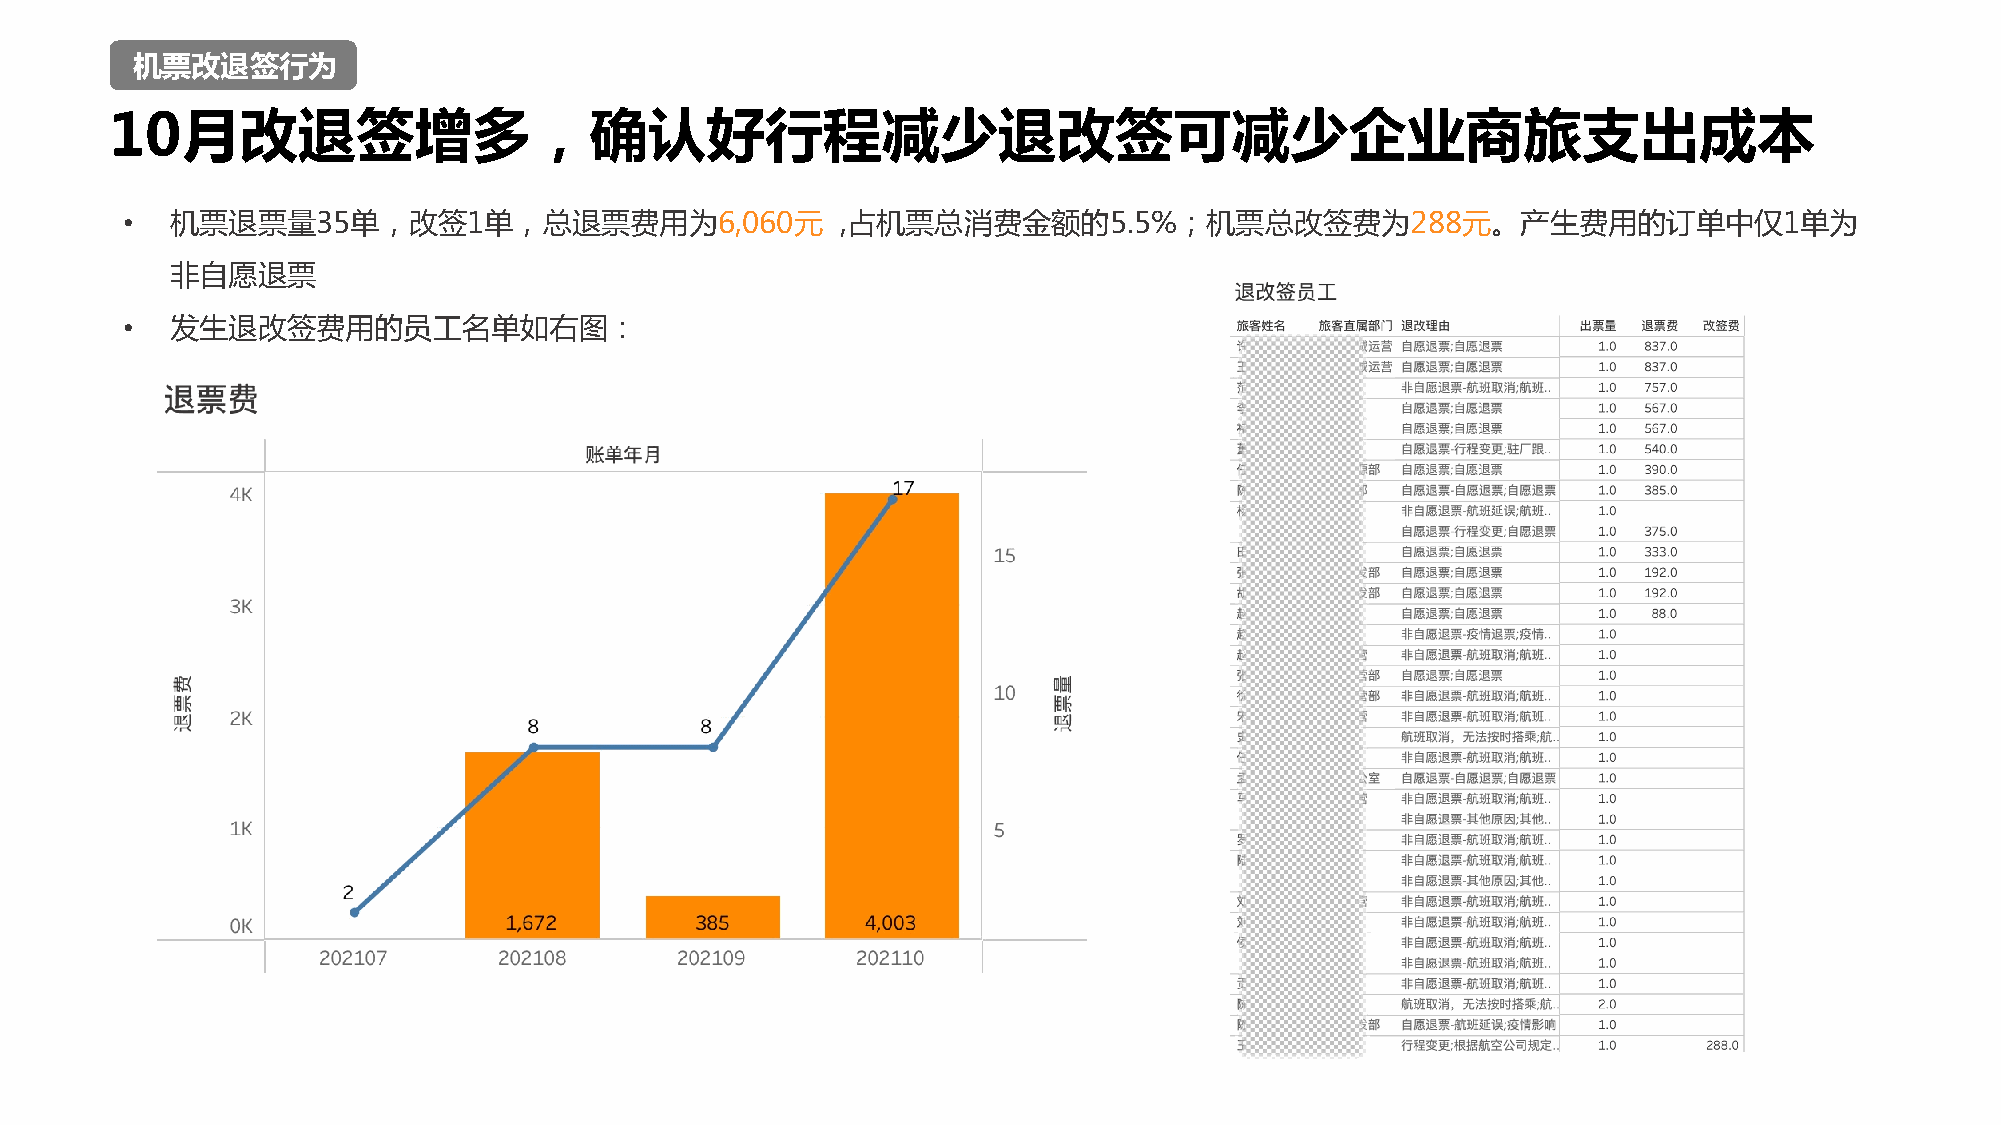
机票改退签行为
 10月改退签增多，确认好行程减少退改签可减少企业商旅支出成本
 •  机票退票量35单，改签1单，总退票费用为6,060元                   ,占机票总消费金额的5.5%；机票总改签费为288元。产生费用的订单中仅1单为
 非自愿退票
 •  发生退改签费用的员工名单如右图：